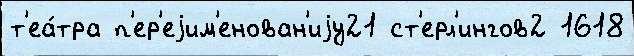
т'еа́тра п'ер'еjим'енован'иjу21 ст'ерл'ингов2 1618